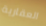
العقارية